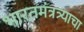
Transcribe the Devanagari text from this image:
भारतमंत्रत्र्याचा